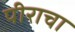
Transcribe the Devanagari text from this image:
पीराचा